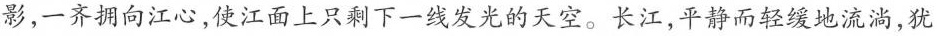
影,一齐拥向江心,使江面上只剩下一线发光的天空。长江,平静而轻缓地流淌,犹